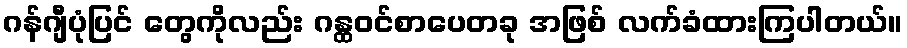
ဂန်ဂျီပုံပြင် တွေကိုလည်း ဂန္ထဝင်စာပေတခု အဖြစ် လက်ခံထားကြပါတယ်။